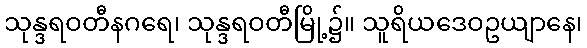
သုန္ဒရဝတီနဂရေ၊ သုန္ဒရဝတီမြို့၌။ သူရိယဒေဝဥယျာနေ၊